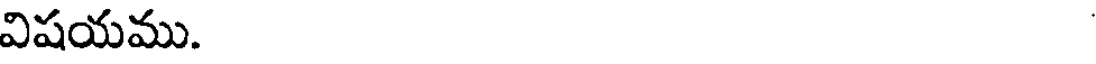
విషయము.